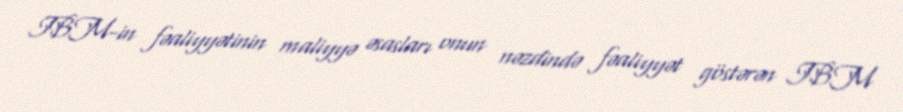
IBM-in fəaliyyətinin maliyyə əsasları onun nəzdində fəaliyyət göstərən IBM